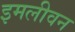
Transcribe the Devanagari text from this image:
इमलीवन